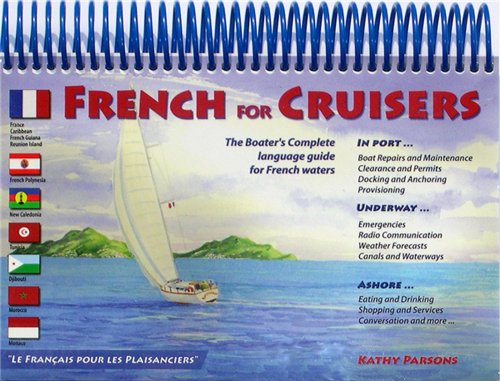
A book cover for French For Cruisers: The Boater's Complete Language Guide for French Waters; Kathy Parsons; Reference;